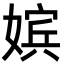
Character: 嫔